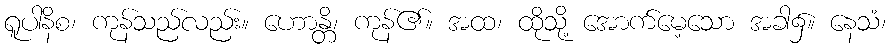
ရူပါနိစ၊ ကုန်သည်လည်း။ ဟောန္တိ၊ ကုန်၏။ အထ၊ ထိုသို့ အောက်မေ့သော အခါ၌။ နေသံ၊